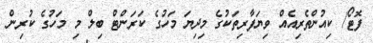
ފޮޓޯ/ ކިއުންތެރިއެއް ވިޔަފާރިތަކުގެ މިދިޔަ މަހުގެ ކަރަންޓް ބިލް މި މަހުގެ ކުރިން